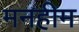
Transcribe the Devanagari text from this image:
मनहीम